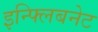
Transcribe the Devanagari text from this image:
इन्फ्लिबनेट